Annual report on the lock hospitals of the Madras Presidency
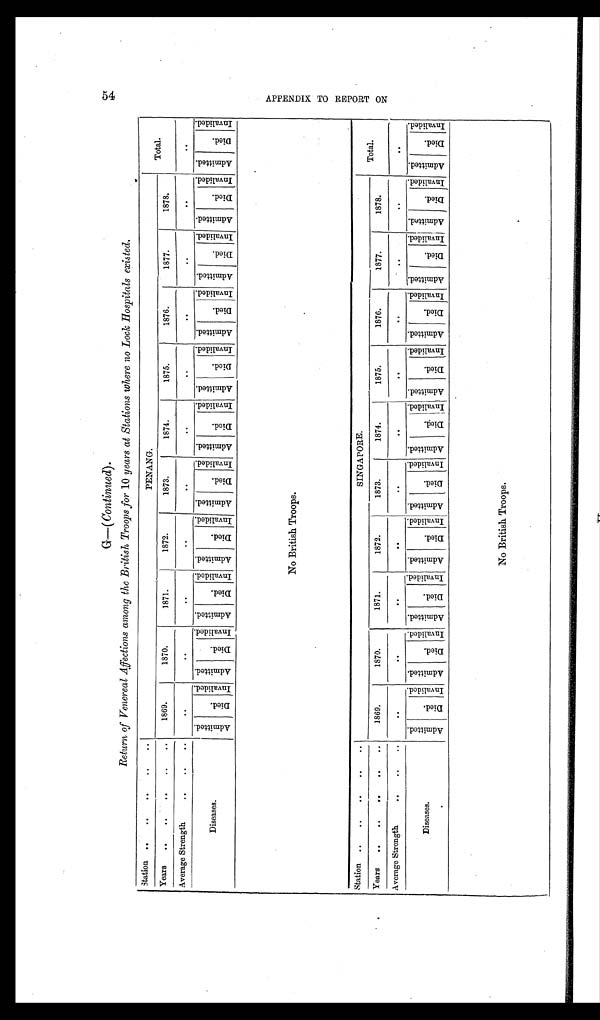
5 4 A P P E N D I X T O R E P O R T O N
G G— ( Continued).
Return of Venereal Affections among the British Troops for 10 years at Stations where no Lock Hospitals existed.
Station
..
..
..
..
..
PENANG.
Total.
Years
..
..
..
..
..
1869.
1870.
1871.
1872.
1873.
1874.
1875.
1876.
1877.
1878.
Average Strength
..
..
..
..
..
..
..
. .
..
..
..
..
. .
. .
Diseases.
A d m i t t e d . D i e d .
Inval i ded. A d m i t t e d .
D i e d .
Inval i ded. A d m i t t e d .
Di ed.
I nval i ded.
A d m i t t e d .
D i e d .
I nval i ded. A d m i t t e d .
D i e d .
I nval i ded. A d m i t t e d .
D i e d .
I nval i ded.
A d m i t t e d .
D i e d .
I nval i ded.
A d m i t t e d .
D i e d .
I nval i ded.
A d m i t t e d .
D i e d .
Inval i ded.
A d m i t t e d .
D i e d .
I nval i ded.
A d m i t t e d .
D i e d .
I n v a l i d e d .
No British Troops.
Station
..
..
.. ..
..
SINGAPORE.
Total.
Years
..
..
..
..
..
1869.
1870.
1871.
1872.
1873.
1874.
1875.
1876.
1877.
1878.
Average Strength
..
..
..
..
. .
..
..
..
..
. .
. .
..
. .
. .
Diseases.
A d m i t t e d .
D i e d .
I nval i ded. A d m i t t e d .
D i e d .
I nval i ded. A d m i t t e d .
D i e d .
I n v a l i d e d . A d m i t t e d .
D i e d .
I nval i ded. A d m i t t e d .
D i e d .
I nval i ded. A d m i t t e d .
Di ed.
I nval i ded.
A d m i t t e d .
D i e d .
I n v a l i d e d . A d m i t t e d .
D i e d .
I nval i ded. A d m i t t e d .
Di ed.
I nval i ded.
A d m i t t e d .
Di e d .
I nval i ded. A d m i t t e d .
D i e d .
I n v a l i d e d .
No British. Troops.